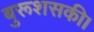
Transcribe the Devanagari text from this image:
बुरूशसकी।